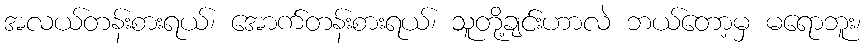
အလယ်တန်းစားရယ်၊ အောက်တန်းစားရယ်၊ သူတို့ချင်းဟာလဲ ဘယ်တော့မှ မရောဘူး၊